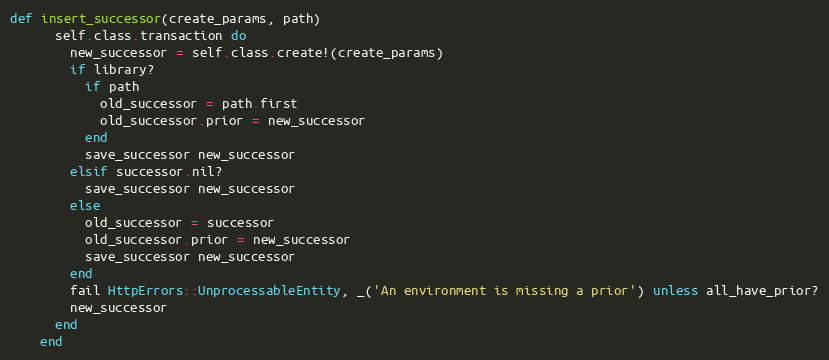
Language: Ruby
def insert_successor(create_params, path)
      self.class.transaction do
        new_successor = self.class.create!(create_params)
        if library?
          if path
            old_successor = path.first
            old_successor.prior = new_successor
          end
          save_successor new_successor
        elsif successor.nil?
          save_successor new_successor
        else
          old_successor = successor
          old_successor.prior = new_successor
          save_successor new_successor
        end
        fail HttpErrors::UnprocessableEntity, _('An environment is missing a prior') unless all_have_prior?
        new_successor
      end
    end